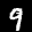
Label: 9